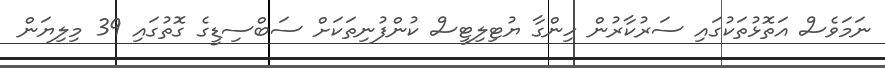
ނަމަވެސް އަތޮޅުތަކުގައި ސަރުކާރުން ހިންގާ ޔުޓިލިޓީސް ކުންފުނިތަކަށް ސަބްސިޑީގެ ގޮތުގައި 39 މިލިޔަން